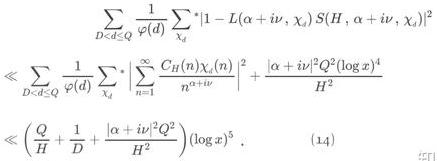
\[
\begin{align*}
&\sum_{D\leq d\leq Q}\frac{1}{\varphi(d)}\sum_{\chi_d}^*\left|1 - L(\alpha + i\nu,\chi_d)S(H,\alpha + i\nu,\chi_d)\right|^2\\
&\ll\sum_{D\leq d\leq Q}\frac{1}{\varphi(d)}\sum_{\chi_d}^*\left|\sum_{n = 1}^{\infty}\frac{C_H(n)\chi_d(n)}{n^{\alpha + i\nu}}\right|^2+\frac{|\alpha + i\nu|^2Q^2(\log x)^4}{H^2}\\
&\ll\left(\frac{Q}{H}+\frac{1}{D}+\frac{|\alpha + i\nu|^2Q^2}{H^2}\right)(\log x)^5.
\end{align*}
\]